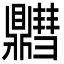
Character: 䵻